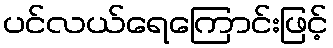
ပင်လယ်ရေကြောင်းဖြင့်